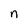
Character: n